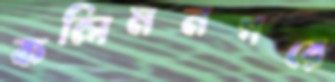
কলিমনগরে